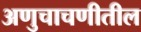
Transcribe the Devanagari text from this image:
अणुचाचणीतील